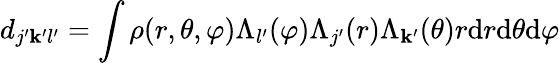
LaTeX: d_{j^{\prime}\mathbf{k}^{\prime}l^{\prime}}=\int\rho(r,\theta,\varphi)\Lambda_{l^{\prime}}(\varphi)\Lambda_{j^{\prime}}(r)\Lambda_{\mathbf{k}^{\prime}}(\theta)r\mathrm{{d}}r\mathrm{{d}}\theta\mathrm{{d}}\varphi